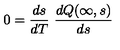
0 = \frac { d s } { d T } \ \frac { d Q ( \infty , s ) } { d s }